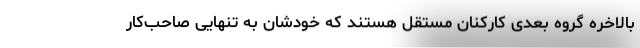
بالاخره گروه بعدی کارکنان مستقل هستند که خودشان به تنهایی صاحب‌کار